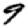
Digit: 9